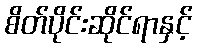
စိတ်ပိုင်းဆိုင်ရာနှင့်